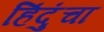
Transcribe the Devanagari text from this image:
हिंदुंचा